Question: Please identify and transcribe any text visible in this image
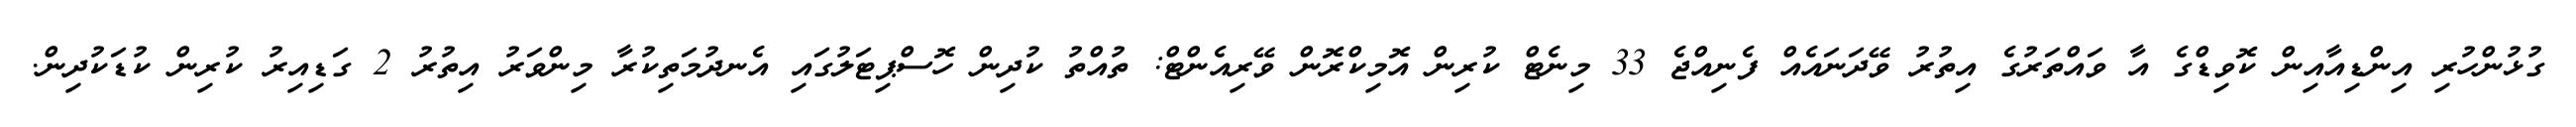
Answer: ގުޅުންހުރި އިންޑިއާއިން ކޮވިޑްގެ އާ ވައްތަރުގެ އިތުރު ވޭދަނައެއް ފެނިއްޖެ 33 މިނެޓް ކުރިން އޮމިކްރޮން ވޭރިއެންޓް: ތުއްތު ކުދިން ހޮސްޕިޓަލުގައި އެނދުމަތިކުރާ މިންވަރު އިތުރު 2 ގަޑިއިރު ކުރިން ކުޑަކުދިން.